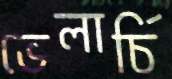
ভেলার্চি